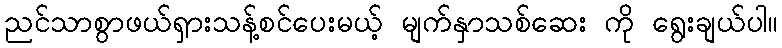
ညင်သာစွာဖယ်ရှားသန့်စင်ပေးမယ့် မျက်နှာသစ်ဆေး ကို ရွေးချယ်ပါ။